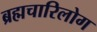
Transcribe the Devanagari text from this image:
ब्रह्मचारिलोग